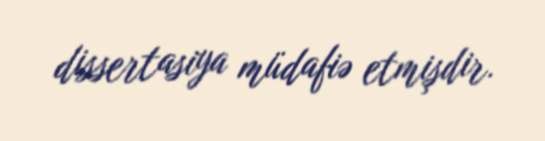
dissertasiya müdafiə etmişdir.